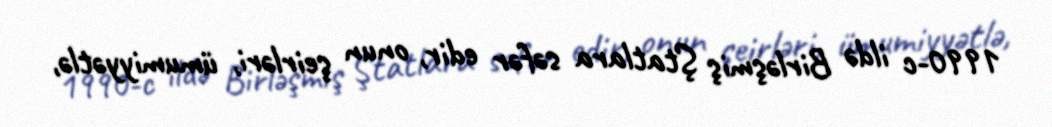
1990-c ildə Birləşmiş Ştatlara səfər edir, onun şeirləri, ümumiyyətlə,